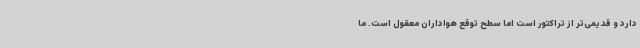
دارد و قدیمی‌تر از تراکتور است اما سطح توقع هواداران معقول است. ما